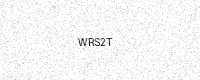
Text: WRS2T